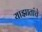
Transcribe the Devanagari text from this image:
याझातांचे